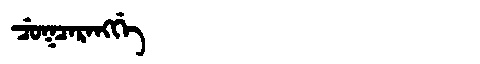
Manchu: ᠴᡠᡴᠴᠠᡵᠠᠩᡤᡝ
Romanization: CUKCARANGGE